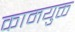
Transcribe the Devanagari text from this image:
कामयुक्त